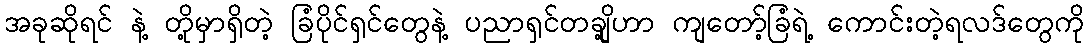
အခုဆိုရင် နဲ့ တို့မှာရှိတဲ့ ခြံပိုင်ရှင်တွေနဲ့ ပညာရှင်တချို့ဟာ ကျတော့်ခြံရဲ့ ကောင်းတဲ့ရလဒ်တွေကို